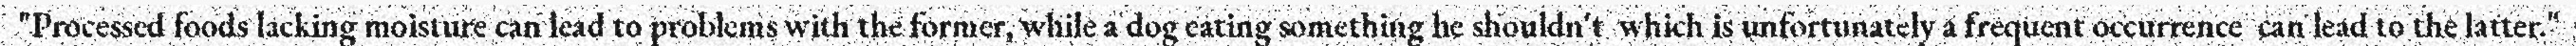
"Processed foods lacking moisture can lead to problems with the former, while a dog eating something he shouldn't  which is unfortunately a frequent occurrence  can lead to the latter."